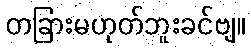
တခြားမဟုတ်ဘူးခင်ဗျ။